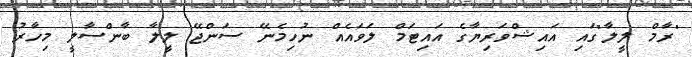
"ރާމް ލީލާ"ގައި އައިޝްވަރިޔާގެ އައިޓަމް ލަވައެއް ނުހިމެނޭ ސަންޖޭ ލީލާ ބާންސާލީ މިހާރު